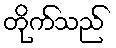
တိုက်သည်